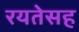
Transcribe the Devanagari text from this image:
रयतेसह